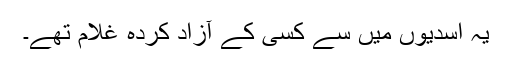
یہ اسدیوں میں سے کسی کے آزاد کردہ غلام تھے۔